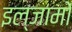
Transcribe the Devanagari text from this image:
इल्जामों